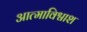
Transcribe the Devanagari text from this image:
आत्माविश्वाश